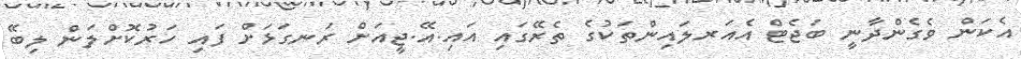
އެކަން ވެގެންދާނީ ބަޖެޓް އެއަރލައިންތަކުގެ ތެރޭގައި އައި.އޭ.ޖީއަށް ރަނގަޅަށް ފައި ހަރުކޮށްލަން ލިބޭ